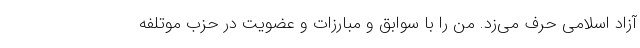
آزاد اسلامی حرف می‌زد. من را با سوابق و مبارزات و عضویت در حزب موتلفه